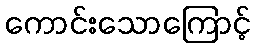
ကောင်းသောကြောင့်